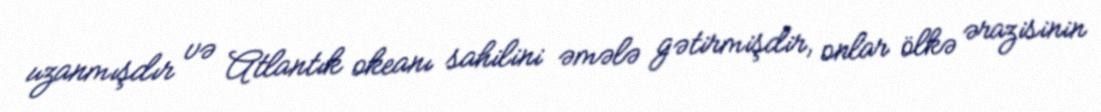
uzanmışdır və Atlantık okeanı sahilini əmələ gətirmişdir, onlar ölkə ərazisinin